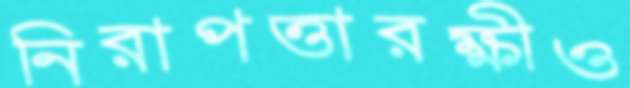
নিরাপত্তারক্ষীও